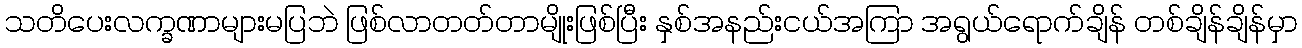
သတိပေးလက္ခဏာများမပြဘဲ ဖြစ်လာတတ်တာမျိုးဖြစ်ပြီး နှစ်အနည်းငယ်အကြာ အရွယ်ရောက်ချိန် တစ်ချိန်ချိန်မှာ